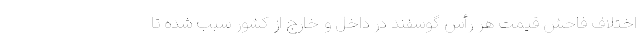
اختلاف فاحش قیمت هر رأس گوسفند در داخل و خارج از کشور سبب شده تا